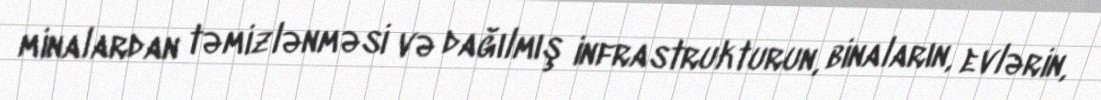
minalardan təmizlənməsi və dağılmış infrastrukturun, binaların, evlərin,